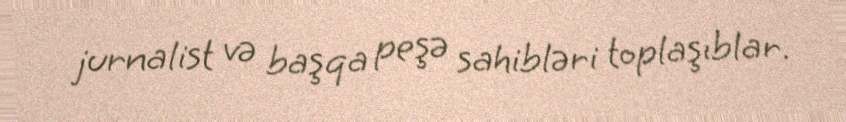
jurnalist və başqa peşə sahibləri toplaşıblar.